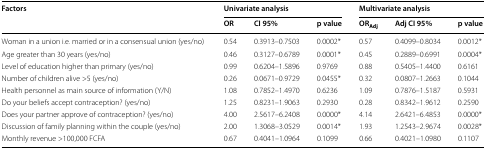
<table><thead><tr><td rowspan="2"><b>Factors</b></td><td colspan="3"><b>Univariate analysis</b></td><td colspan="3"><b>Multivariate analysis</b></td></tr><tr><td><b>OR</b></td><td><b>CI 95%</b></td><td><b>p value</b></td><td><b>OR<sub>Adj</sub></b></td><td><b>Adj CI 95%</b></td><td><b>p value</b></td></tr></thead><tbody><tr><td>Woman in a union i.e. married or in a consensual union (yes/no)</td><td>0.54</td><td>0.3913–0.7503</td><td>0.0002*</td><td>0.57</td><td>0.4099–0.8034</td><td>0.0012*</td></tr><tr><td>Age greater than 30 years (yes/no)</td><td>0.46</td><td>0.3127–0.6789</td><td>0.0001*</td><td>0.45</td><td>0.2889–0.6991</td><td>0.0004*</td></tr><tr><td>Level of education higher than primary (yes/no)</td><td>0.99</td><td>0.6204–1.5896</td><td>0.9769</td><td>0.88</td><td>0.5405–1.4400</td><td>0.6161</td></tr><tr><td>Number of children alive &gt;5 (yes/no)</td><td>0.26</td><td>0.0671–0.9729</td><td>0.0455*</td><td>0.32</td><td>0.0807–1.2663</td><td>0.1044</td></tr><tr><td>Health personnel as main source of information (Y/N)</td><td>1.08</td><td>0.7852–1.4970</td><td>0.6236</td><td>1.09</td><td>0.7876–1.5187</td><td>0.5931</td></tr><tr><td>Do your beliefs accept contraception? (yes/no)</td><td>1.25</td><td>0.8231–1.9063</td><td>0.2930</td><td>0.28</td><td>0.8342–1.9612</td><td>0.2590</td></tr><tr><td>Does your partner approve of contraception? (yes/no)</td><td>4.00</td><td>2.5617–6.2408</td><td>0.0000*</td><td>4.14</td><td>2.6421–6.4853</td><td>0.0000*</td></tr><tr><td>Discussion of family planning within the couple (yes/no)</td><td>2.00</td><td>1.3068–3.0529</td><td>0.0014*</td><td>1.93</td><td>1.2543–2.9674</td><td>0.0028*</td></tr><tr><td>Monthly revenue &gt;100,000 FCFA</td><td>0.67</td><td>0.4041–1.0964</td><td>0.1099</td><td>0.66</td><td>0.4021–1.0980</td><td>0.1107</td></tr></tbody></table>